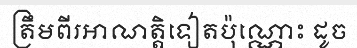
ត្រឹមពីរអាណត្តិទៀតប៉ុណ្ណោះ ដូច